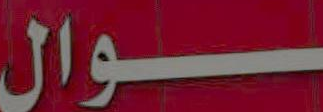
ــــوال